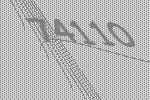
74110